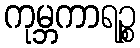
ကုမ္ဘကာရဉ္စ